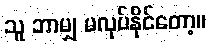
သူ ဘာမျှ မလုပ်နိုင်တော့။